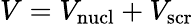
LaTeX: V=V_{\mathrm{nucl}}+V_{\mathrm{scr}}